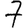
Digit: 7